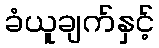
ခံယူချက်နှင့်